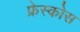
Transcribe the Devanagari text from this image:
फ्रेस्कोस